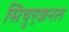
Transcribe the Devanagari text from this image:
सिचुएशनल